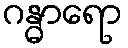
ဂန္ဓာရော